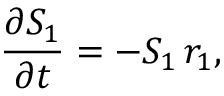
\frac { \partial S _ { 1 } } { \partial t } = - S _ { 1 } \, r _ { 1 } ,